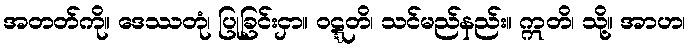
အတတ်ကို။ ဒေဿတုံ၊ ပြုခြင်းငှာ။ ဝဋ္ဋတိ၊ သင်မည်နည်း။ ဣတိ၊ သို့။ အာဟ၊